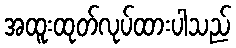
အထူးထုတ်လုပ်ထားပါသည်